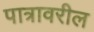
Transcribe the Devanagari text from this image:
पात्रावरील